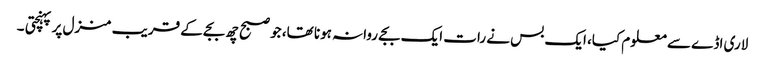
لاری اڈے سے معلوم کیا، ایک بس نے رات ایک بجے روانہ ہونا تھا، جو صبح چھ بجے کے قریب منزل پر پہنچتی ۔